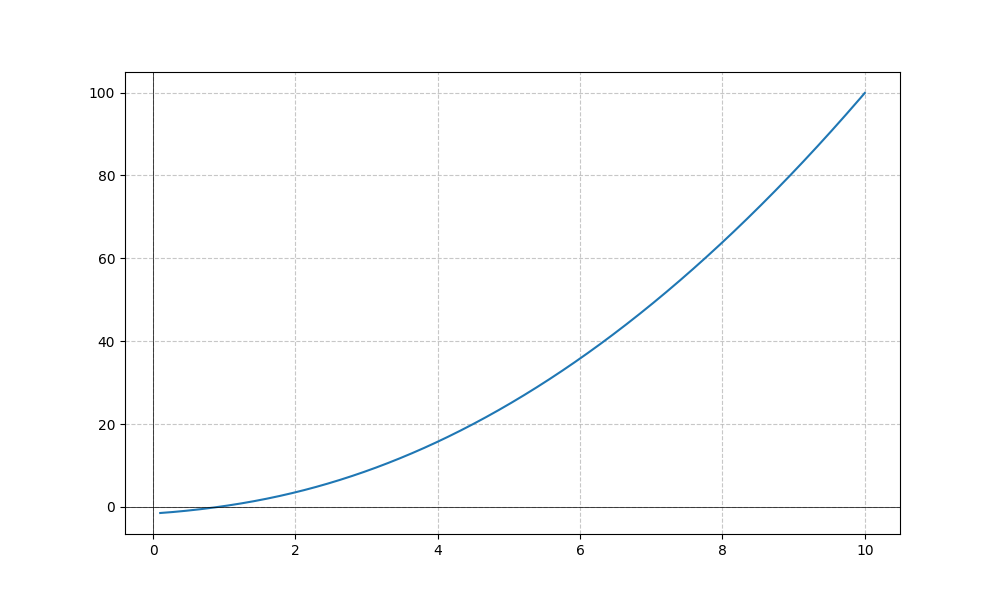
LaTeX formula: x^{2} - \operatorname{acot}{\left(x \right)}